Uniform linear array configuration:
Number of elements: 32
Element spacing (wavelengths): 0.75
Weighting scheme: hann
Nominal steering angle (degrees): -15
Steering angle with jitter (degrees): -14.851
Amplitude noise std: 0.05
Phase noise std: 0.05

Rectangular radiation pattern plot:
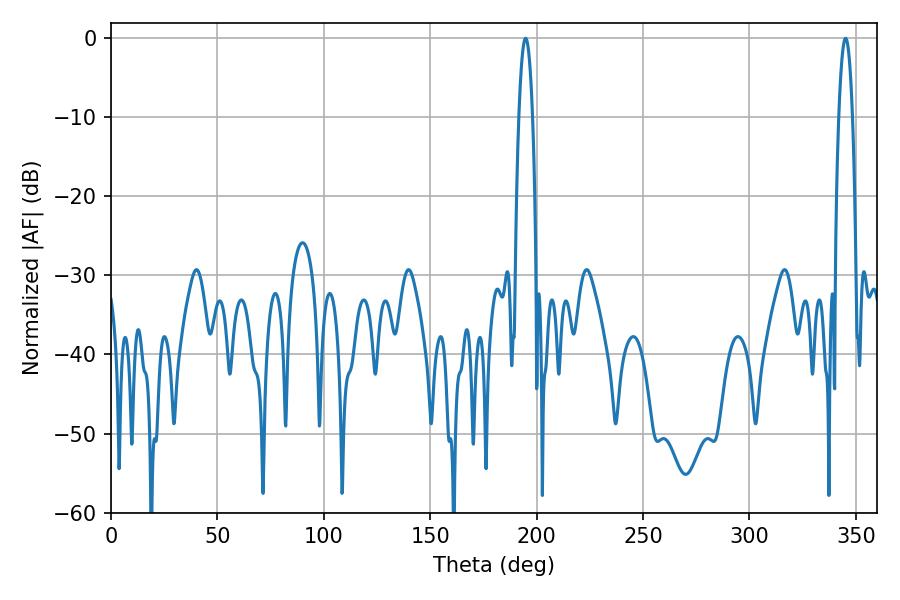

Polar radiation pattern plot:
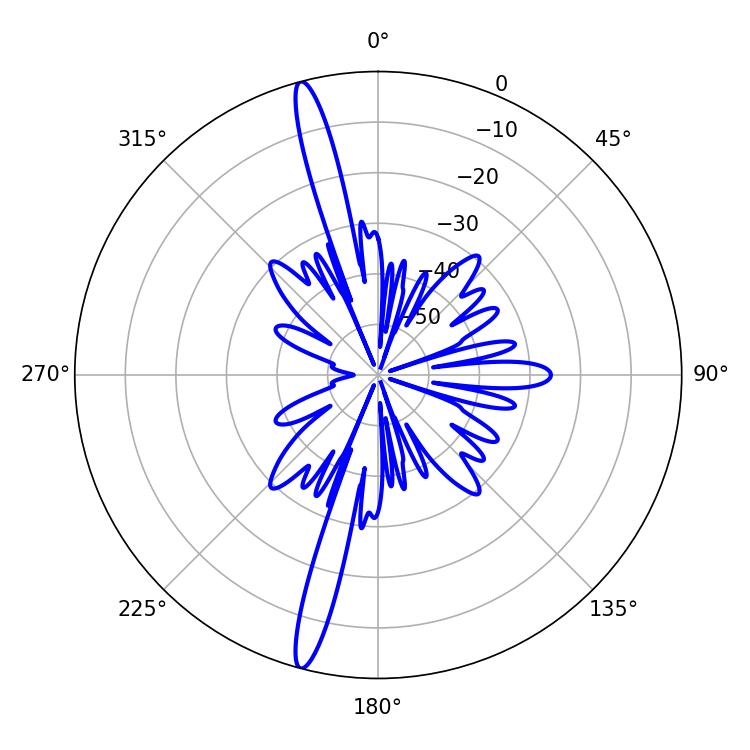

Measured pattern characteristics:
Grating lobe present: TRUE
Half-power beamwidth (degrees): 3.42
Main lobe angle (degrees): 194.76